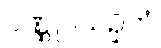
ဝဏ္ဏူပသဉှိတံ